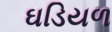
ઘડિયળ